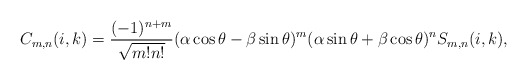
\begin{align*}C_{m,n}(i,k)=\frac{(-1)^{n+m}}{\sqrt{m!n!}}(\alpha \cos\theta-\beta \sin\theta)^{m}(\alpha\sin \theta+\beta \cos\theta)^{n}S_{m,n}(i,k),\end{align*}